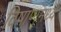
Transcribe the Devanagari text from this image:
विषाणूंमध्ये